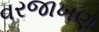
વરજાખણ